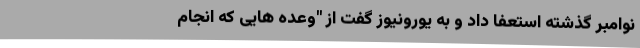
نوامبر گذشته استعفا داد و به یورونیوز گفت از "وعده هایی که انجام